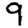
Digit: 9